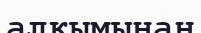
алқымынан